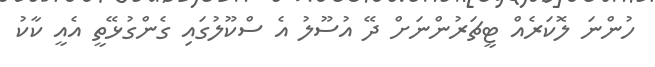
ހުންނަ ލޮކަރެއް ޓީޗަރުންނަށް ދޭ އުސޫލު އެ ސްކޫލުގައި ގެންގުޅޭތީ އެއީ ކާކު